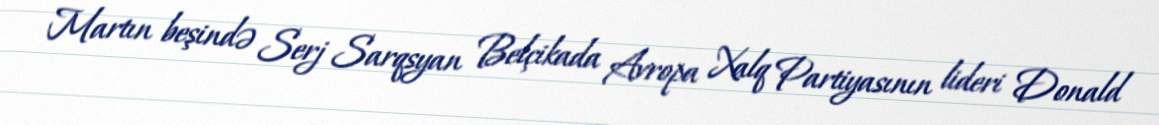
Martın beşində Serj Sarqsyan Belçikada Avropa Xalq Partiyasının lideri Donald